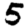
Digit: 5